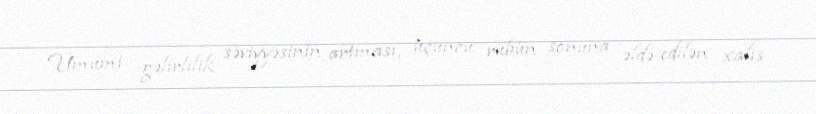
Ümumi gəlirlilik səviyyəsinin artması, üçüncü rübün sonuna əldə edilən xalis